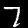
Digit: 7